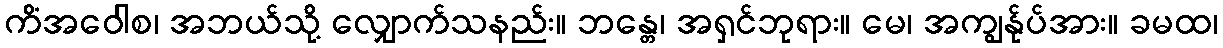
ကိံအဝေါစ၊ အဘယ်သို့ လျှောက်သနည်း။ ဘန္တေ၊ အရှင်ဘုရား။ မေ၊ အကျွန်ုပ်အား။ ခမထ၊